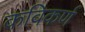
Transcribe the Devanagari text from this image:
कविकर्ण